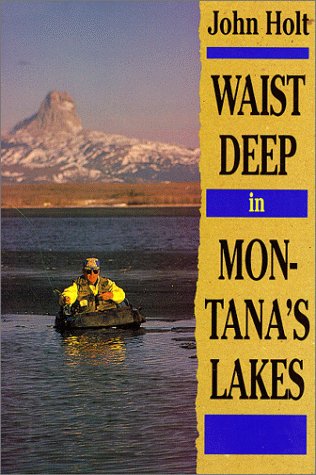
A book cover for Waist Deep in Montana's Lakes (The Pruett Series); Holt John; Travel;